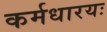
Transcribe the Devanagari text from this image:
कर्मधारयः